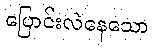
ပြောင်းလဲနေသော